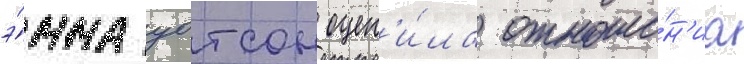
э́мма уотсон оцен'и́ла отноше́н'иа